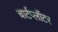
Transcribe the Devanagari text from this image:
चार्टप्लॉटर